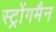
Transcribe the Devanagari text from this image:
स्ट्रोंगमैन